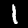
Digit: 1